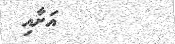
އަށާއި